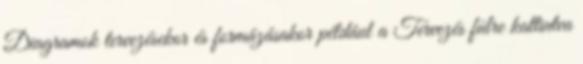
Diagramok tervezésekor és formázásakor például a Tervezés fülre kattintva